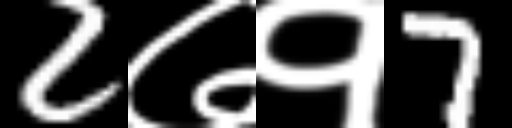
Text: 2७१7